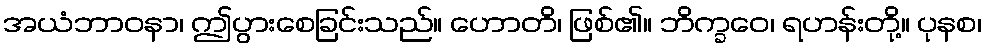
အယံဘာဝနာ၊ ဤပွားစေခြင်းသည်။ ဟောတိ၊ ဖြစ်၏။ ဘိက္ခဝေ၊ ရဟန်းတို့။ ပုနစ၊